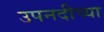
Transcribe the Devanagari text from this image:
उपनदीच्या